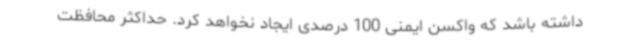
داشته باشد که واکسن ایمنی 100 درصدی ایجاد نخواهد کرد. حداکثر محافظت